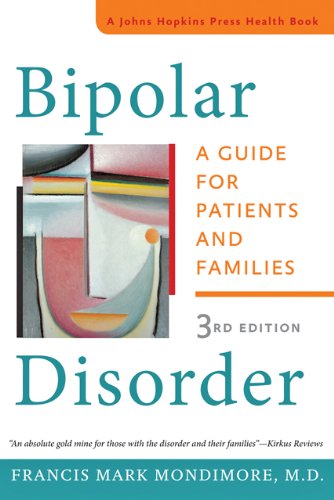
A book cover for Bipolar Disorder: A Guide for Patients and Families (A Johns Hopkins Press Health Book); Francis Mark Mondimore; Health, Fitness & Dieting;